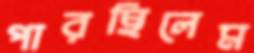
পারছিলেম